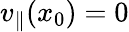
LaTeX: v_{\parallel}(x_{0})=0